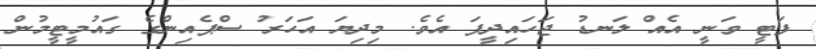
ފަޓީ ވަނީ އެއް ލަނޑު ޖަހައިދީފަ އެވެ. މިދިޔަ އަހަރު ސްޕެއިންގެ ގައުމީޓީމުން